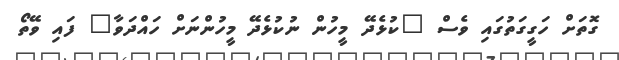
ގޮތަށް ހަގީގަތުގައި ވެސް "ކުޅެދޭ މީހުން ނުކުޅެދޭ މީހުންނަށް ހައްދަވާ" ފައި ވޭތޯ